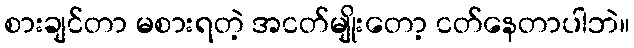
စားချင်တာ မစားရတဲ့ အငတ်မျိုးတော့ ငတ်နေတာပါဘဲ။